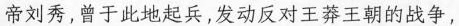
帝刘秀，曾于此地起兵，发动反对王莽王朝的战争，